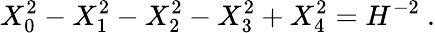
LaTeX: X_{0}^{2}-X_{1}^{2}-X_{2}^{2}-X_{3}^{2}+X_{4}^{2}=H^{-2}\ .